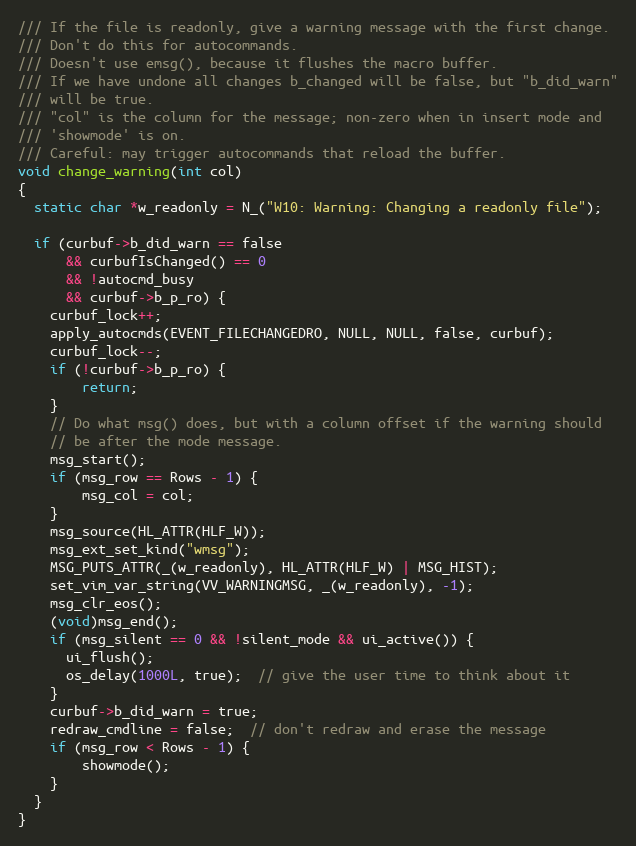
Language: C
/// If the file is readonly, give a warning message with the first change.
/// Don't do this for autocommands.
/// Doesn't use emsg(), because it flushes the macro buffer.
/// If we have undone all changes b_changed will be false, but "b_did_warn"
/// will be true.
/// "col" is the column for the message; non-zero when in insert mode and
/// 'showmode' is on.
/// Careful: may trigger autocommands that reload the buffer.
void change_warning(int col)
{
  static char *w_readonly = N_("W10: Warning: Changing a readonly file");

  if (curbuf->b_did_warn == false
      && curbufIsChanged() == 0
      && !autocmd_busy
      && curbuf->b_p_ro) {
    curbuf_lock++;
    apply_autocmds(EVENT_FILECHANGEDRO, NULL, NULL, false, curbuf);
    curbuf_lock--;
    if (!curbuf->b_p_ro) {
        return;
    }
    // Do what msg() does, but with a column offset if the warning should
    // be after the mode message.
    msg_start();
    if (msg_row == Rows - 1) {
        msg_col = col;
    }
    msg_source(HL_ATTR(HLF_W));
    msg_ext_set_kind("wmsg");
    MSG_PUTS_ATTR(_(w_readonly), HL_ATTR(HLF_W) | MSG_HIST);
    set_vim_var_string(VV_WARNINGMSG, _(w_readonly), -1);
    msg_clr_eos();
    (void)msg_end();
    if (msg_silent == 0 && !silent_mode && ui_active()) {
      ui_flush();
      os_delay(1000L, true);  // give the user time to think about it
    }
    curbuf->b_did_warn = true;
    redraw_cmdline = false;  // don't redraw and erase the message
    if (msg_row < Rows - 1) {
        showmode();
    }
  }
}